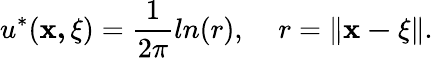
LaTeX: u^{*}(\mathbf{x,{\mathbf\xi}})=\frac{1}{2\pi}ln(r),\; \; \; \; r=\| \mathbf{x-{\mathbf\xi}}\| .